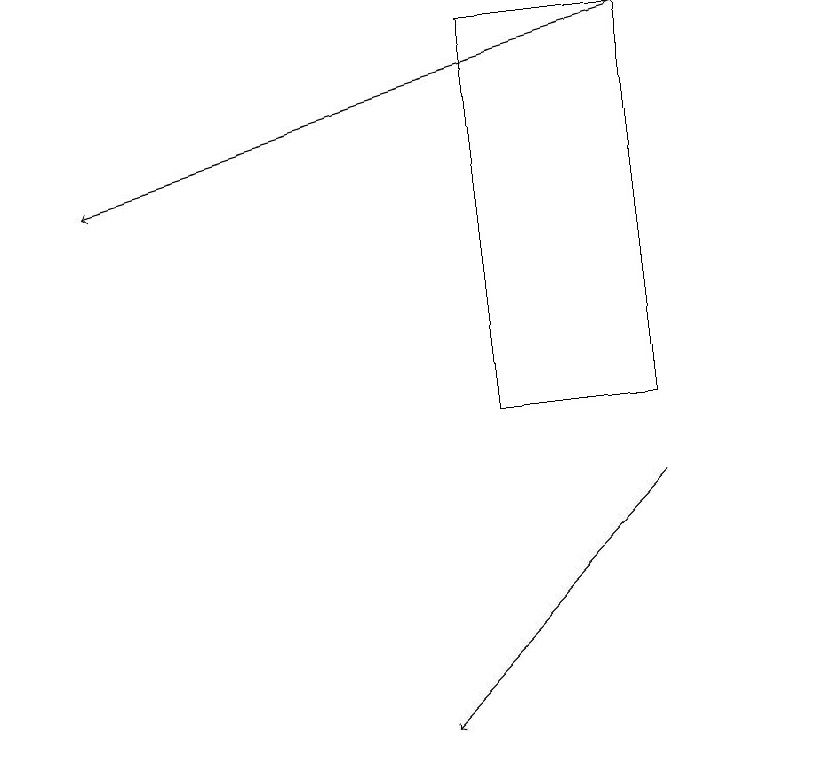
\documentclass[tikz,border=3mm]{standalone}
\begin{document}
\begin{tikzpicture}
\draw (0,19) rectangle (0,18);
\draw[->] (8,13) -- (5,10);
\draw (8,14) rectangle (6,19);
\draw[->] (8,19) -- (1,17);
\draw (10,12) circle (0);
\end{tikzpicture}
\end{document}